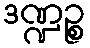
ဒဏ္ဍဉ္စ